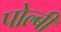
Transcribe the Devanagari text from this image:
पोल्बी